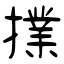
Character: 擈